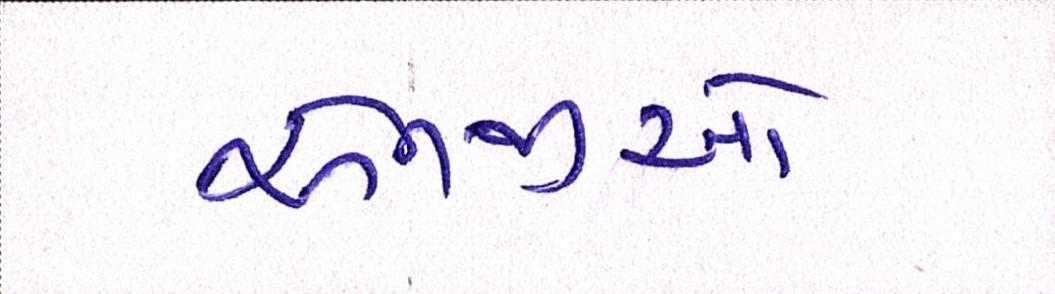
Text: એનજીઓ